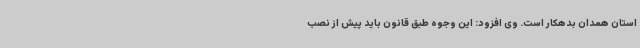
استان همدان بدهکار است. وی افزود: این وجوه طبق قانون باید پیش از نصب